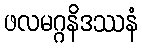
ဖလမဂ္ဂနိဒဿနံ